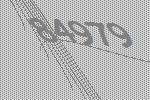
84979